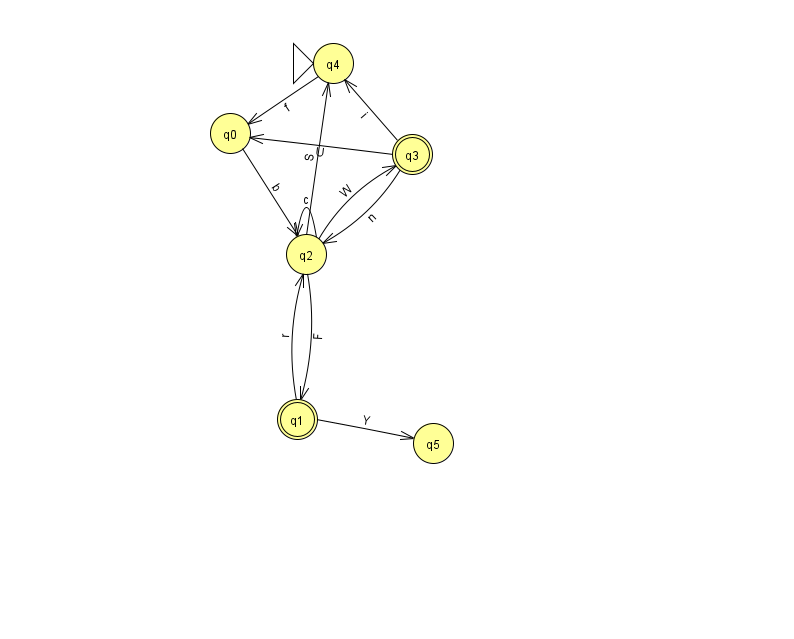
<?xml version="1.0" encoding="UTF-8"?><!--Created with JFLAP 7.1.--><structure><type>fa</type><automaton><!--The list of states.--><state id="0" name="q0"><x>230.0</x><y>120.0</y></state><state id="1" name="q1"><x>297.0</x><y>406.0</y><final/></state><state id="2" name="q2"><x>306.0</x><y>241.0</y></state><state id="3" name="q3"><x>412.0</x><y>141.0</y><final/></state><state id="4" name="q4"><x>333.0</x><y>50.0</y><initial/></state><state id="5" name="q5"><x>433.0</x><y>430.0</y></state><!--The list of transitions.--><transition><from>3</from><to>2</to><read>n</read></transition><transition><from>2</from><to>1</to><read>F</read></transition><transition><from>2</from><to>2</to><read>c</read></transition><transition><from>0</from><to>2</to><read>b</read></transition><transition><from>1</from><to>5</to><read>Y</read></transition><transition><from>1</from><to>2</to><read>r</read></transition><transition><from>2</from><to>4</to><read>S</read></transition><transition><from>4</from><to>0</to><read>f</read></transition><transition><from>2</from><to>3</to><read>W</read></transition><transition><from>3</from><to>0</to><read>U</read></transition><transition><from>3</from><to>4</to><read>i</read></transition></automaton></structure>